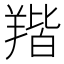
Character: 𦎥